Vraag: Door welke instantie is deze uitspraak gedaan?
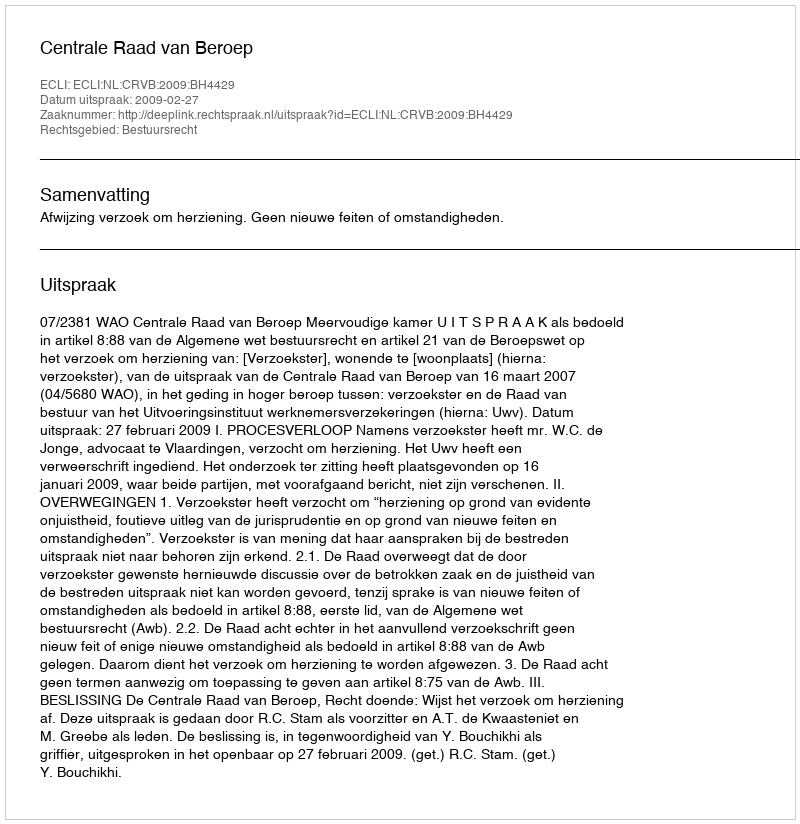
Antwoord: Centrale Raad van Beroep